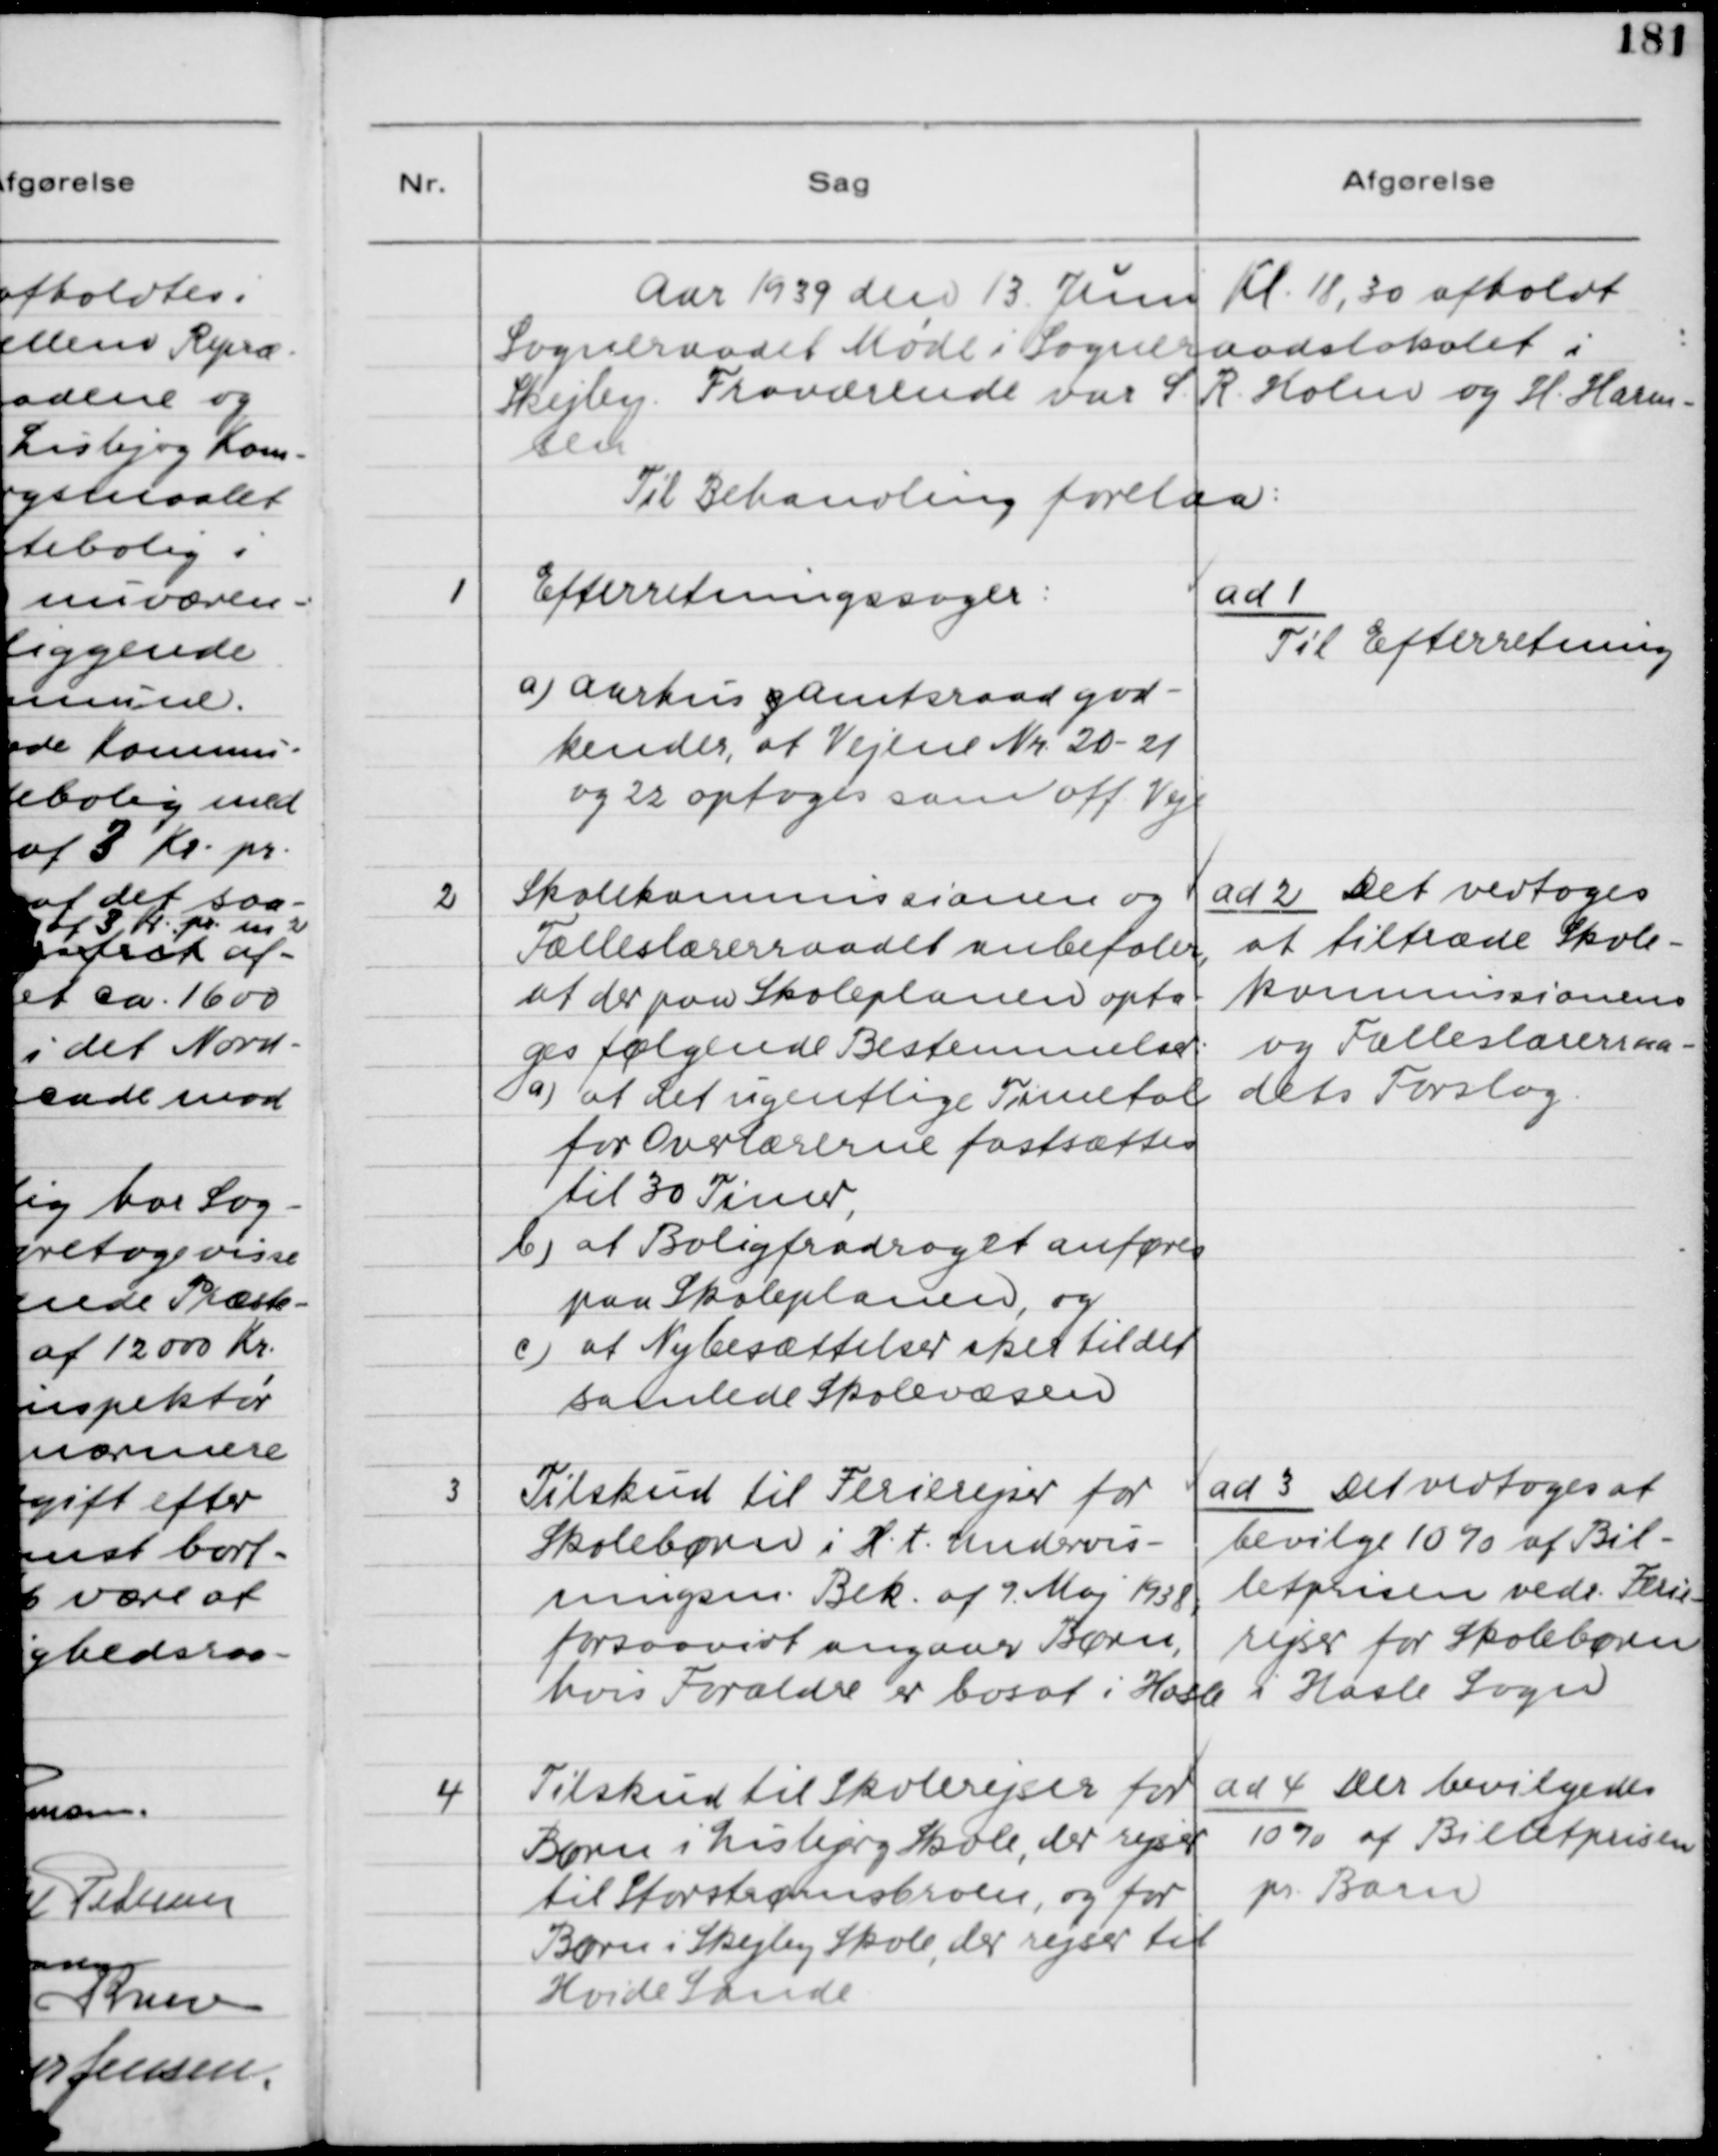
Transskription:
Aar 1939 den 13. Juni Kl. 18,30 afholdt
Sogneraadet Møde i Sogneraadslokalet i
Skejby. Fraværende var S. R. Holm og H. Harm-
sen.
Til Behandling forelaa:

1

Efterretningssager:
a) Aarhus gAmtsraad god-
kender, at Vejene Nr. 20 - 20
og 22 optages som off. Veje

ad 1.
Til Efterretning

2

Skolekommissionen og
Fælleslærerraadet anbefaler,
at der paa Skoleplanen opta-
ges følgende Bestemmelser:
a) at det ugentlige Timeantal
for Overlærerne fastsættes
til 30 Timer,
b) at Boligfradraget anføres
paa Skoleplanen, og
c) at Nybesættelser sker til det
samlede Skolevæsen

ad 2. Det vedtoges
at tiltræde Skole-
kommissionens
og Fælleslærerraa--
dets Forslag.

3

Tilskud til Ferierejser for
Skolebørn i H.t. Undervis-
ningsm. Bek. af 9 Maj 1938
forsaavidt angaar Børn,
hvis Forældre er bosat i Hasle

ad 3. Det vedtoges at
bevilge 10% af Bil-
letprisen vedr. Ferie-
rejser for Skolebørn
i Hasle Sogn.

4

Tilskud til Skolerejser for
Børn i Lisbjerg Skole, der rejser
til Storstrømskolen, og for
Børn i Skejby Skole, der rejser til
Hvide Sande.

ad 4. Der bevilgedes
10% af Billetprisen
pr. Barn.